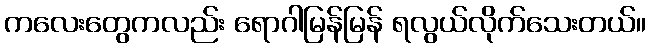
ကလေးတွေကလည်း ရောဂါမြန်မြန် ရလွယ်လိုက်သေးတယ်။